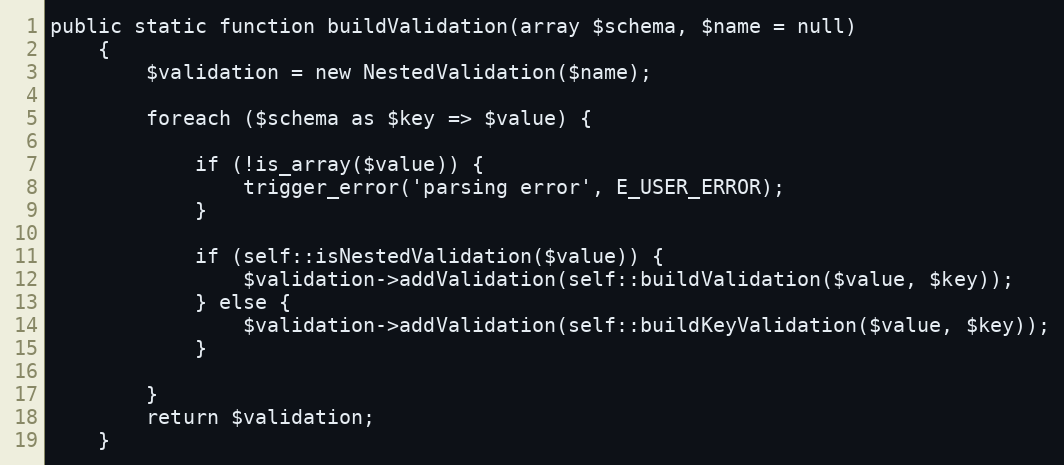
Language: PHP
public static function buildValidation(array $schema, $name = null)
    {
        $validation = new NestedValidation($name);

        foreach ($schema as $key => $value) {

            if (!is_array($value)) {
                trigger_error('parsing error', E_USER_ERROR);
            }

            if (self::isNestedValidation($value)) {
                $validation->addValidation(self::buildValidation($value, $key));
            } else {
                $validation->addValidation(self::buildKeyValidation($value, $key));
            }

        }
        return $validation;
    }